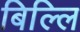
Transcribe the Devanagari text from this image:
बिल्लि